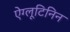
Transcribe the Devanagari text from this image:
ऐग्लूटिनिन